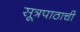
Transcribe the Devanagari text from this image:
सूत्रपाठाची